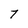
Character: 7